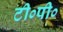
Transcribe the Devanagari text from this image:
टी०पी०